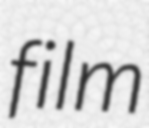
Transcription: film